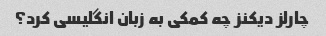
چارلز دیکنز چه کمکی به زبان انگلیسی کرد؟